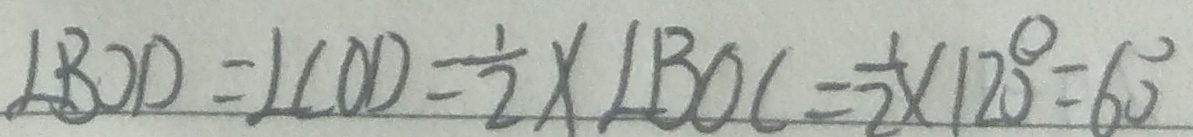
\angle B O D = \angle C O D = \frac { 1 } { 2 } \times \angle B O C = \frac { 1 } { 2 } \times 1 2 0 ^ { \circ } = 6 0 ^ { \circ }